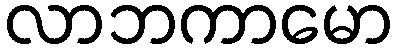
လာဘကာမော